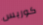
كوربس